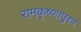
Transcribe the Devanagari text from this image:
रामकृष्णापुरम